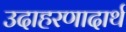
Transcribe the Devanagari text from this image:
उदाहरणादार्थ